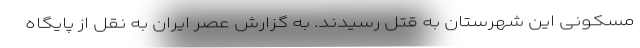
مسکونی این شهرستان به قتل رسیدند. به گزارش عصر ایران به نقل از پایگاه